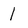
Character: 1